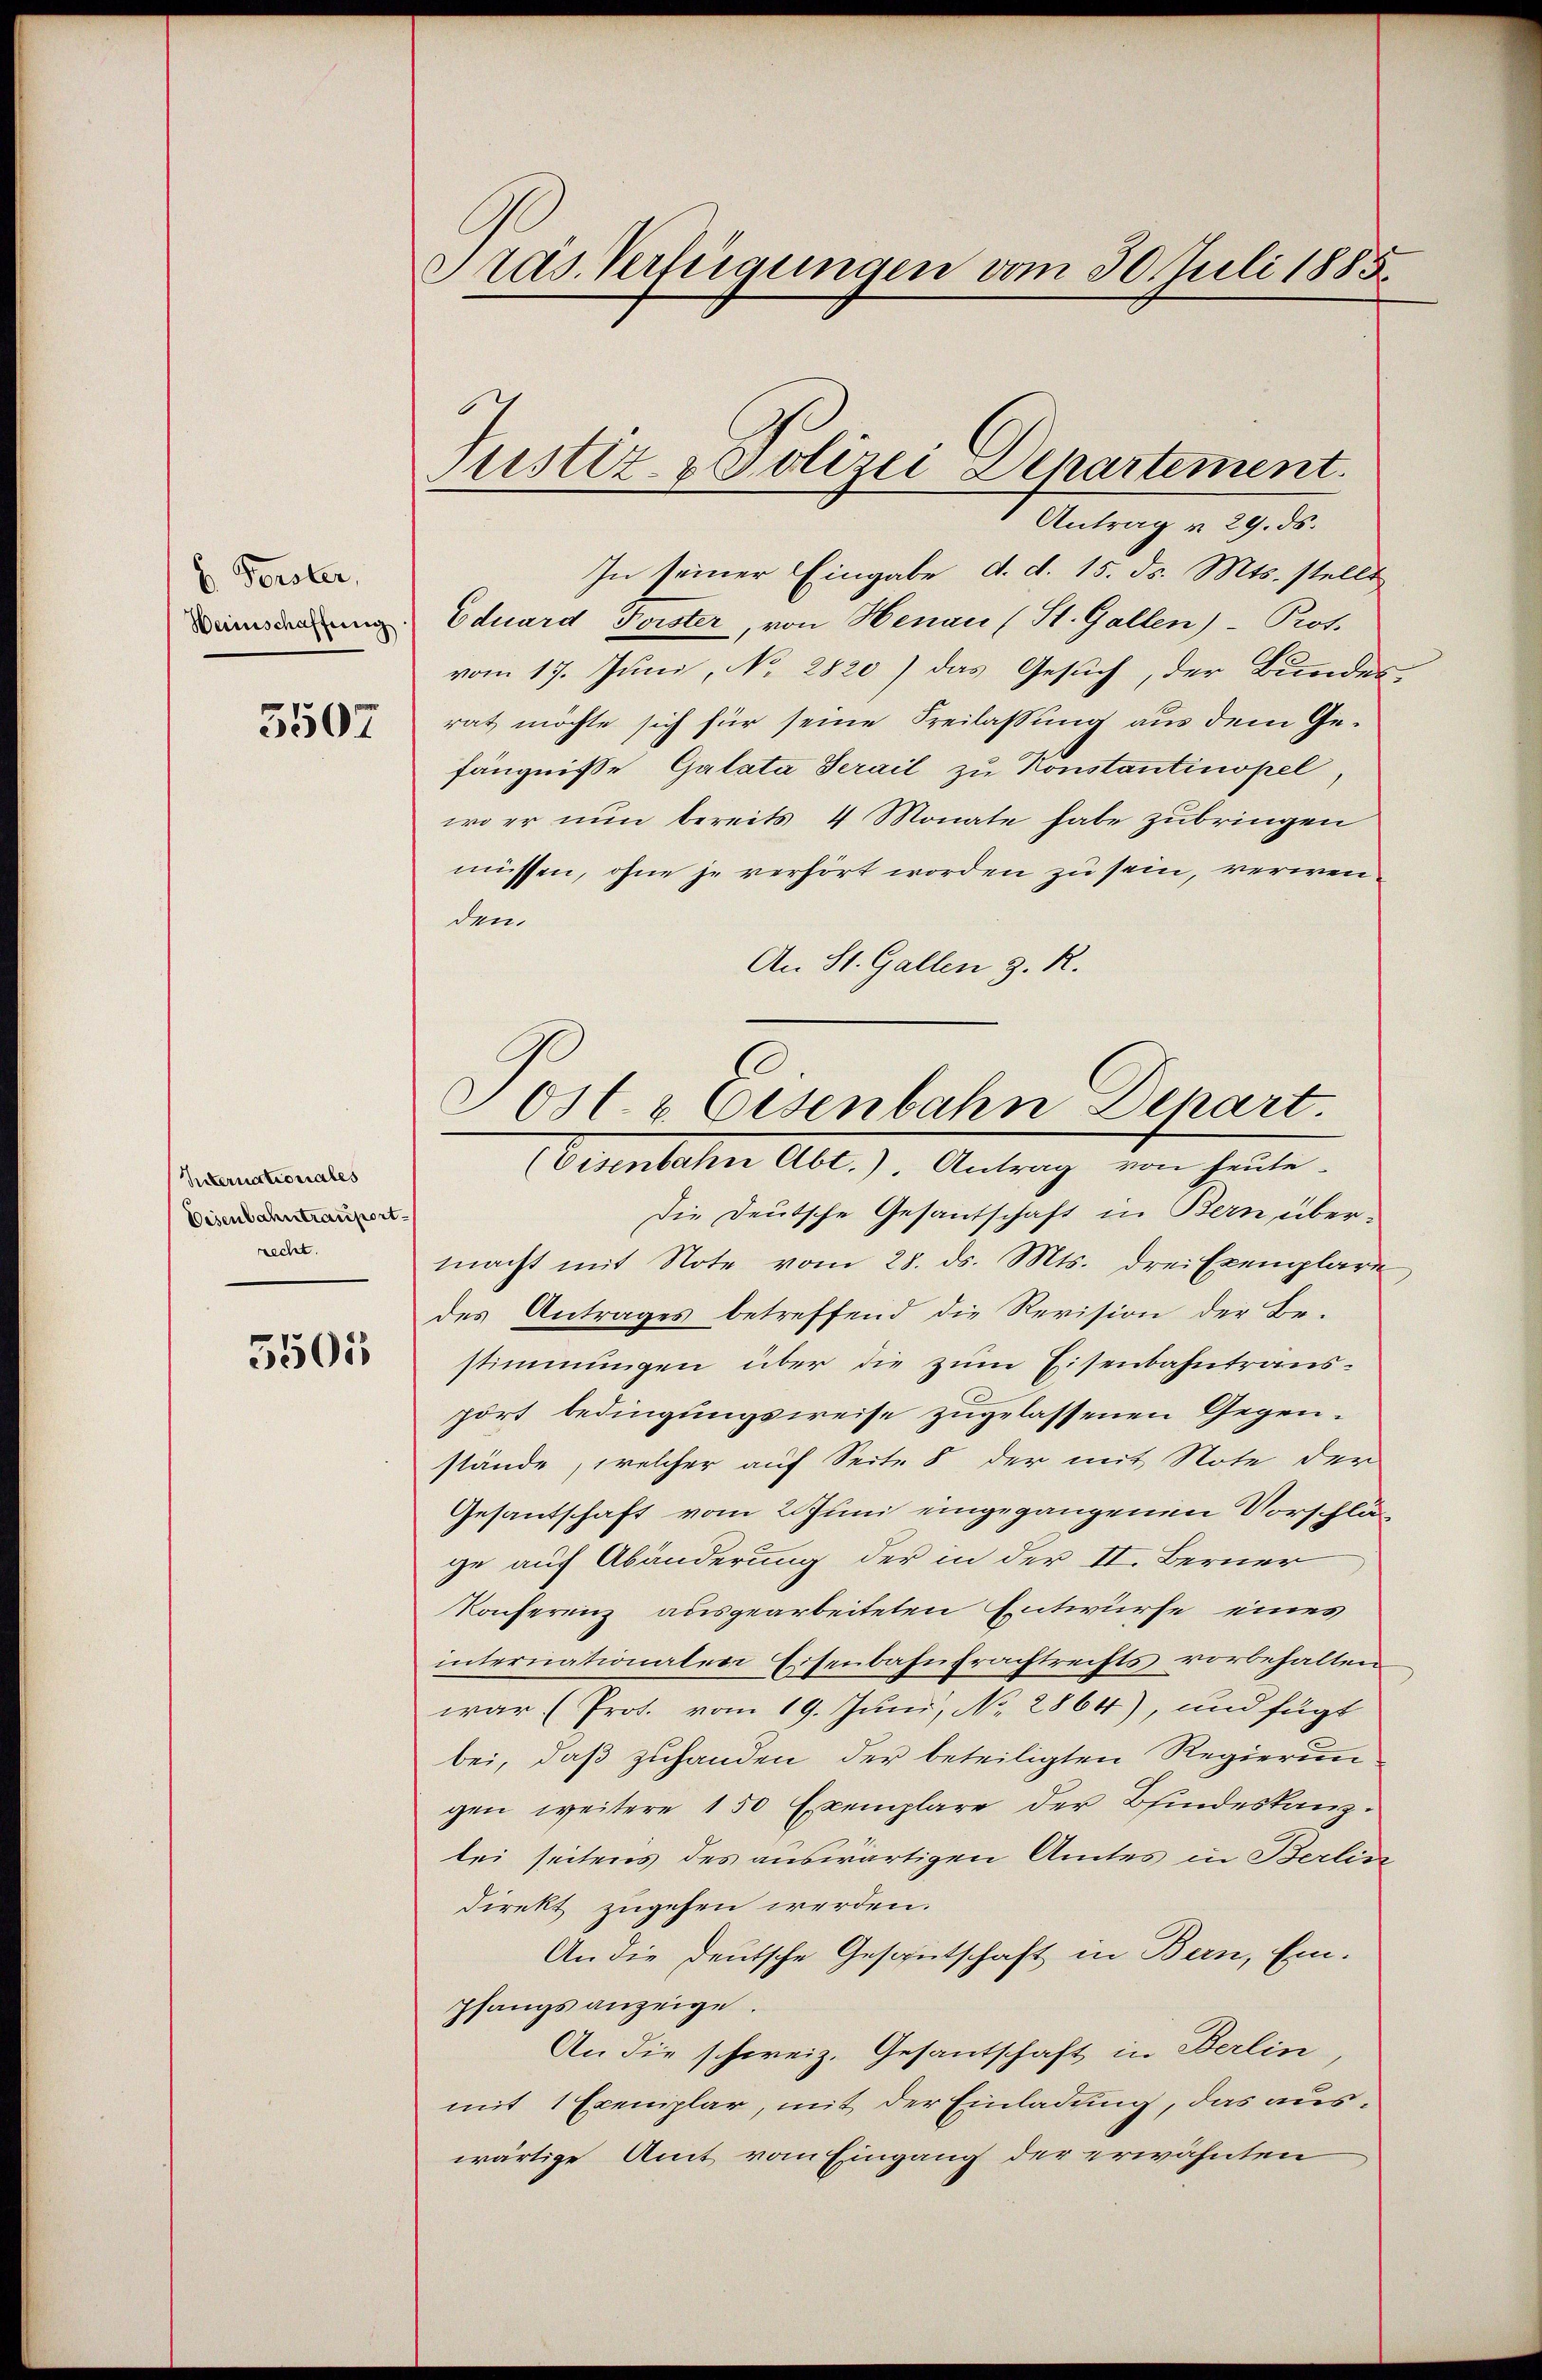
b. Forster,
Heinschaffung
5507

Internationales
Disenbahntrauport
recht.

5505

Pras Verfügungen vom 30. Juli 1885.

Justiz- & Polizei Departement.

Antrag u. 29. ds.
In seiner Eingabe, d. d. 15. d. Mts. stellt
Eduard Forster, von Henau (St. Gallen)- Prot.
vom 17. Juni, No 2820) das Gesuch, der Bundes-
rat möchte sich für seine Freilassung aus dem Gefängnisse Galata Serail zu Konstantinopel
wo er nun bereits 4 Monate habe zubringen
müssen, ohne je verhört worden zu sein, verwenden
An St. Gallen z. R.
(Eisenbahn Abt.). Antrag von heute¬
Die Deutsche Gesantschaft in Bern, übermacht mit Note vom 28. ds. Mts. drei Exemplare,
des Antrages betreffend die Revision der Be-
stimmungen über die zum Eisenbahntraus.
port bedingungsweise zugelassenen Gegenstände, welcher auf Seite 8 der mit Note der
Gesantschaft vom 2 Juni eingegangenen Vorschläge auf Abänderung der in der II. Berner
Konferenz ausgearbeiteten Entwurfe eines
internationaten Eisenbahnfrachtrechts vorbehalten
war (Prot. vom 19. Juni, No. 2864), und fügt
bei, daß zuhanden der beteiligten Regierungen weitere 150 Exemplare der Bindeskanzlei seitens des auswärtigen Amtes in Berlin
direkt zugehen werden.
An die deutsche Gesantschaft in Bern, Ein-
pfangs anzeige.
An die schweiz. Gesantschaft in Berlin
mit 1 Exemplar, mit der Einladung, das auswärtige Amt vom Eingang der erwähnten

Sost- & Eisenbahn Depart